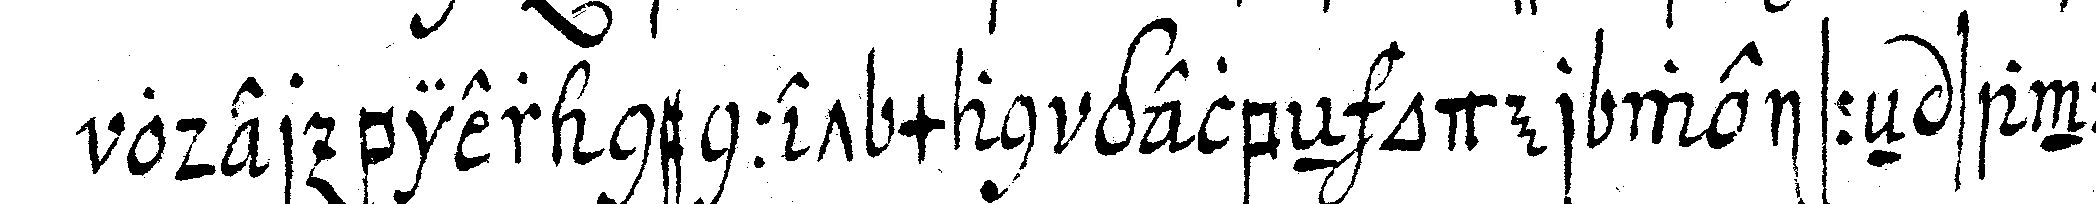
oder bier nennet man gelbeN oder weisseN sand